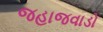
જહાજવાડો